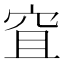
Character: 𥥐